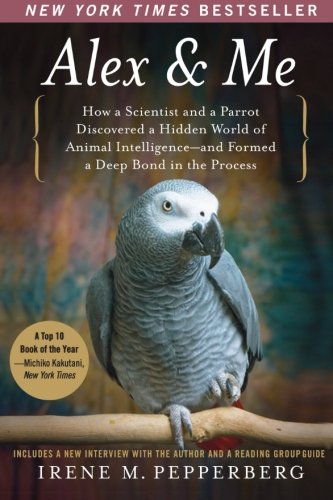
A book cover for Alex & Me: How a Scientist and a Parrot Discovered a Hidden World of Animal Intelligence--and Formed a Deep Bond in the Process; Irene Pepperberg; Crafts, Hobbies & Home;